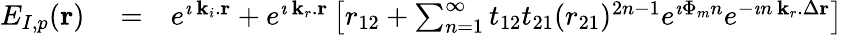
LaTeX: \begin{array}{rlr}{E_{I,p}({\mathbf r})}&{{}=}&{e^{\imath\, {\mathbf k_{i}}.{\mathbf r}}+e^{\imath\, {\mathbf k_{r}}.{\mathbf r}}\left[r_{12}+\sum_{n=1}^{\infty}t_{12}t_{21}(r_{21})^{2n-1}e^{\imath\Phi_{m}n}e^{-\imath n\, {\mathbf k_{r}}.\Delta{\mathbf r}}\right]}\end{array}